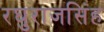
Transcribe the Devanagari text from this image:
रघुराजसिंह